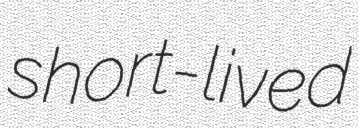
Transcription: short-lived